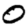
Digit: 0